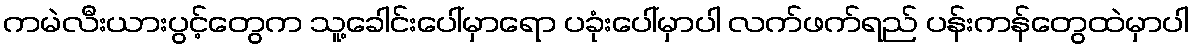
ကမဲလီးယားပွင့်တွေက သူ့ခေါင်းပေါ်မှာရော ပခုံးပေါ်မှာပါ လက်ဖက်ရည် ပန်းကန်တွေထဲမှာပါ